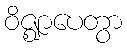
ဝိဇ္ဈာပေတွာ